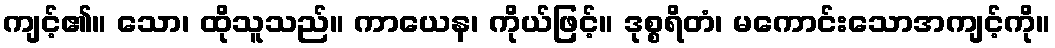
ကျင့်၏။ သော၊ ထိုသူသည်။ ကာယေန၊ ကိုယ်ဖြင့်။ ဒုစ္စရိတံ၊ မကောင်းသောအကျင့်ကို။